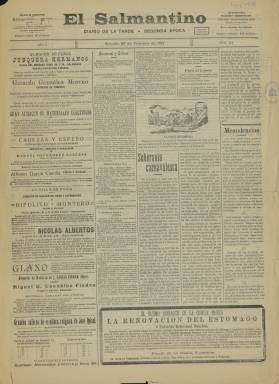
Título: El Salmantino (Salamanca. 1907)
Colección: Periódicos
Ámbito geográfico: Salamanca
Lugar de publicación: Salamanca
Fechas: 25/02/1911-25/02/1911